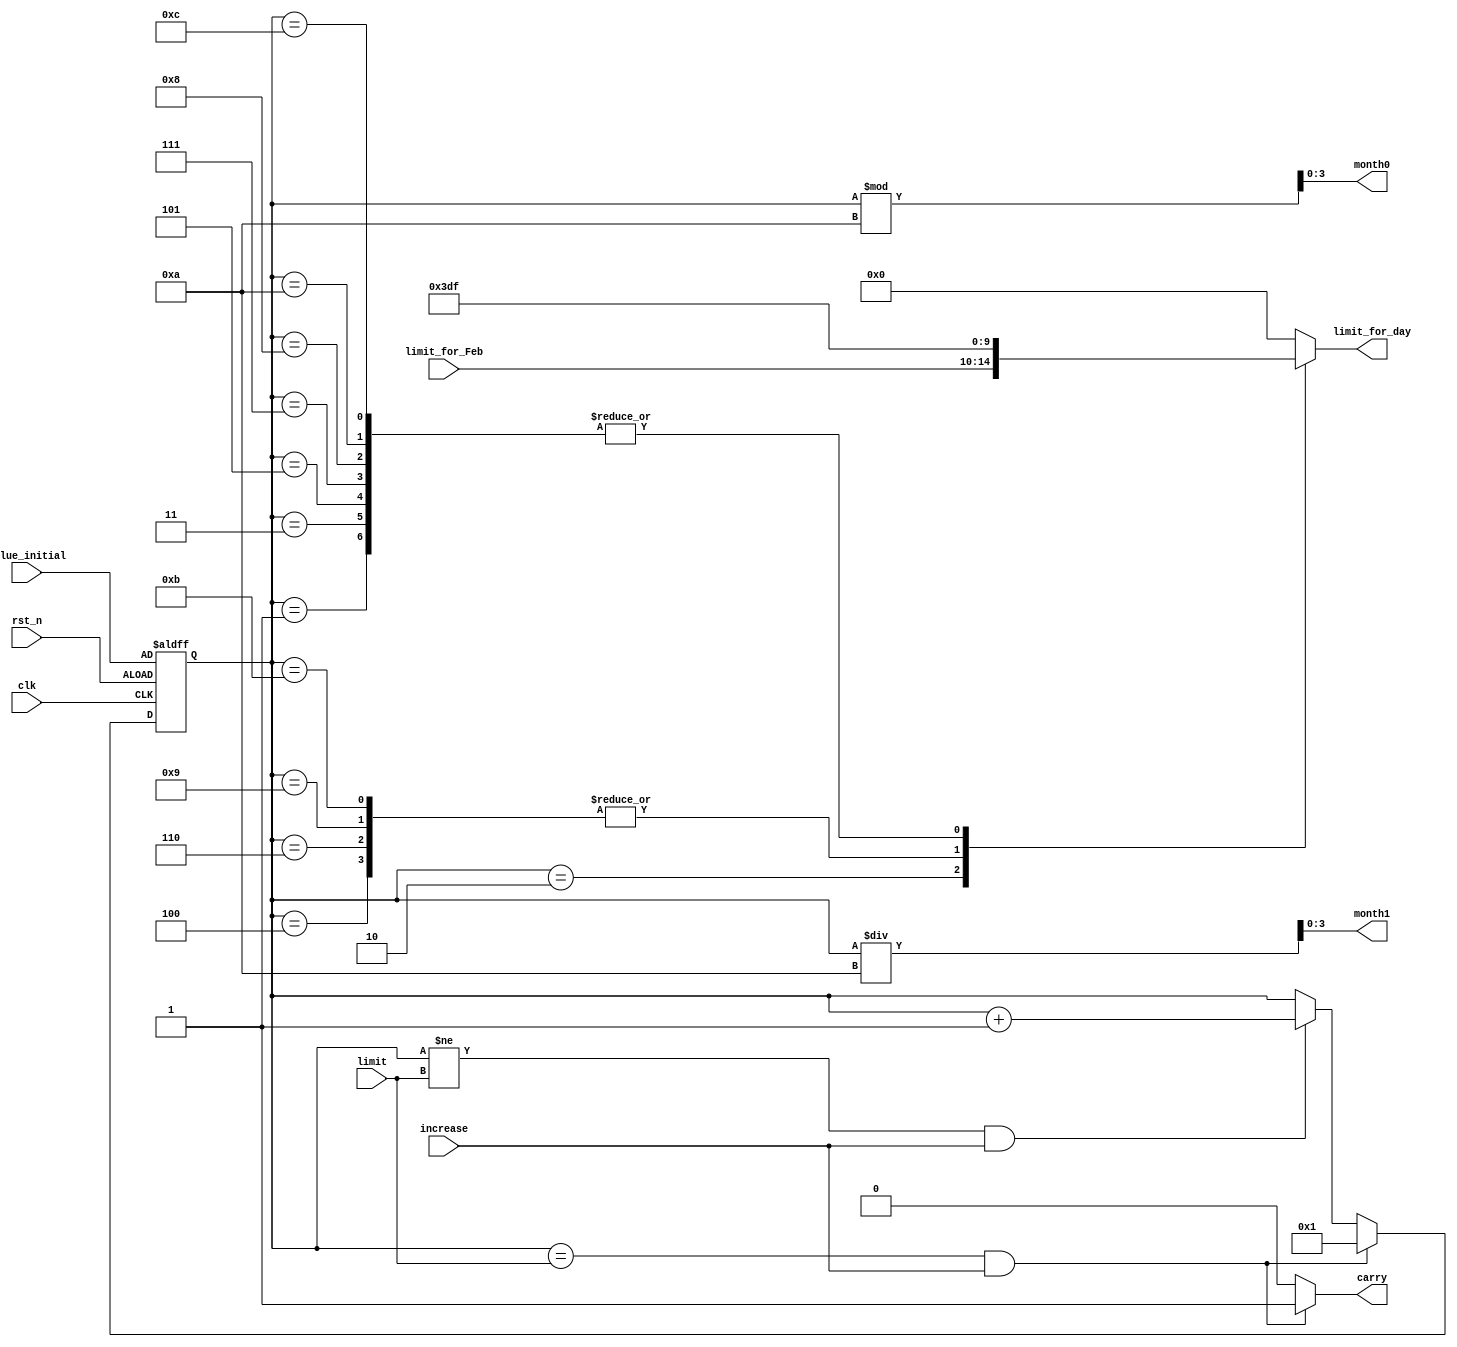
`timescale 1ns / 1ps
//////////////////////////////////////////////////////////////////////////////////
// Company: 
// Engineer: 
// 
// Design Name: 
// Module Name: Up_counter_month
// Project Name: 
// Target Devices: 
// Tool Versions: 
// Description: 
// 
// Dependencies: 
// 
// Revision:
// Revision 0.01 - File Created
// Additional Comments:
// 
//////////////////////////////////////////////////////////////////////////////////

module Up_counter_month(
    limit_for_day,      //the limit for day
    month0,             //counter output
    month1,
    carry,              //borrow indicator    
    value_initial,      //value after reset
    clk,                //global clock
    rst_n,              //active low reset
    increase,           //counter enable control
    limit,               //limit for the counter
    limit_for_Feb
);
output [4:0] limit_for_day;
output [3:0] month0, month1;
output carry;
input [3:0] value_initial;
input [3:0] limit;
input [4:0] limit_for_Feb;
input clk, rst_n, increase;
reg [3:0] month0, month1;
reg [4:0] limit_for_day;
reg [3:0] value, value_tmp;
reg carry;

always @*
begin
    month0 = value % 10;
    month1 = value / 10;
end

always @*
    case(value)
        4'd1:limit_for_day = 5'd31;
        4'd2:limit_for_day = limit_for_Feb;
        4'd3:limit_for_day = 5'd31;
        4'd4:limit_for_day = 5'd30;
        4'd5:limit_for_day = 5'd31;
        4'd6:limit_for_day = 5'd30;
        4'd7:limit_for_day = 5'd31;
        4'd8:limit_for_day = 5'd31;
        4'd9:limit_for_day = 5'd30;
        4'd10:limit_for_day = 5'd31;
        4'd11:limit_for_day = 5'd30;
        4'd12:limit_for_day = 5'd31;
        default:limit_for_day = 5'd0;
    endcase

always @*
    if (value == limit && increase)
    begin
        value_tmp = 4'd1;
        carry = 1;
    end
    else if (value != limit && increase)
    begin
        value_tmp = value + 4'd1;
        carry = 0;
    end
    else
    begin
        value_tmp = value;
        carry = 0;
    end

always @(posedge clk or negedge rst_n)
    if (~rst_n)
        value <= value_initial;
    else
        value <= value_tmp;
 
endmodule